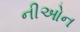
નીઓન